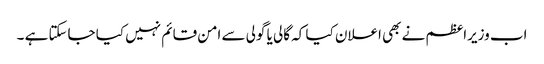
اب وزیراعظم نے بھی اعلان کیا کہ گالی یا گولی سے امن قائم نہیں کیا جاسکتا ہے ۔